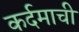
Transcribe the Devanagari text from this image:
कर्दमाची